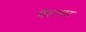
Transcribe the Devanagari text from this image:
पैस्त्यर